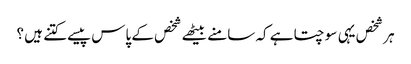
ہر شخص یہی سوچتا ہے کہ سامنے بیٹھے شخص کے پاس پیسے کتنے ہیں ؟